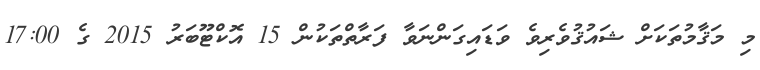
މި މަޤާމުތަކަށް ޝައުޤުވެރިވެ ވަޑައިގަންނަވާ ފަރާތްތަކުން 15 އޮކްޓޫބަރު 2015 ގެ 17:00